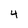
Character: 4